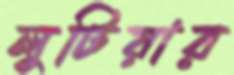
লুটিয়ার